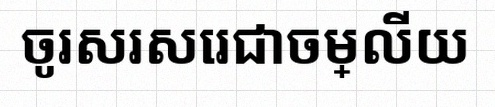
ចូរសរសេរជាចម្លើយ